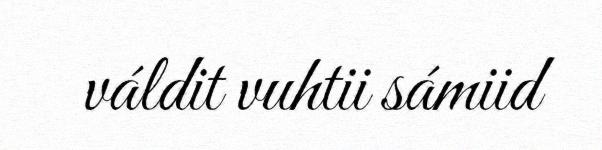
váldit vuhtii sámiid